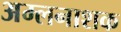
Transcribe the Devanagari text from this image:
अम्लनाशक